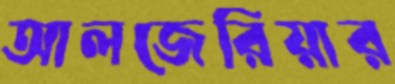
আলজেরিয়ার